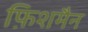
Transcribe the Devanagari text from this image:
फ़िशमैन